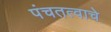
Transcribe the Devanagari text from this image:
पंचतत्वाचे